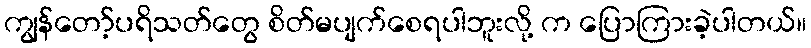
ကျွန်တော့်ပရိသတ်တွေ စိတ်မပျက်စေရပါဘူးလို့ က ပြောကြားခဲ့ပါတယ်။